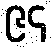
၉၄